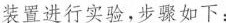
装置进行实验，步骤如下：